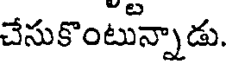
చేసుకొంటున్నాడు.